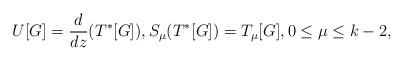
LaTeX: \begin{align*}U[G] = \frac{d}{dz}(T^*[G]), S_\mu ( T^*[G] ) = T_\mu [G] , 0 \leq \mu \leq k-2 ,\end{align*}